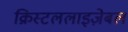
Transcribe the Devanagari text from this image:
क्रिस्टललाइज़ेबल